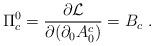
LaTeX: \begin{align*}\Pi^{0}_{c} = \frac{\partial {\cal{L}}}{\partial(\partial_{0}A_{0}^{c})} = B_{c}~.\end{align*}